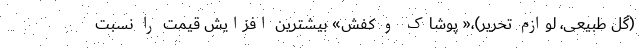
(گل طبیعی، لوازم تحریر)،« پوشاک و کفش» بیشترین افزایش قیمت را نسبت